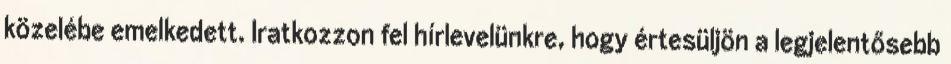
közelébe emelkedett. Iratkozzon fel hírlevelünkre, hogy értesüljön a legjelentősebb